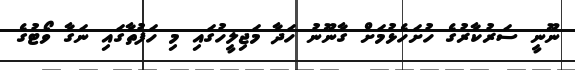
ނޫނީ ސަރުކާރުގެ ހުށަހެޅުމަށް ގާނޫނު ހަދާ މަޖިލީހުގައި މި ހަފުތާގައި ނަގާ ވޯޓުގެ